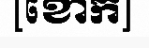
[ខោក]